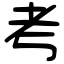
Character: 考